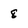
Character: 8